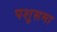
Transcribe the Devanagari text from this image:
पशुसमा